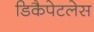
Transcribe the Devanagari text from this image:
डिकैपेटलेस